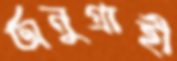
অনুগ্রাহী